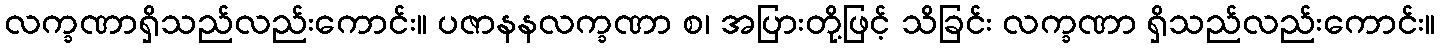
လက္ခဏာရှိသည်လည်းကောင်း။ ပဇာနနလက္ခဏာ စ၊ အပြားတို့ဖြင့် သိခြင်း လက္ခဏာ ရှိသည်လည်းကောင်း။